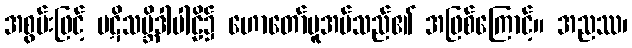
အစွမ်းဖြင့် ပဋိသမ္ဘိဒါပါဠိ၌ ဟောတော်မူအပ်သည်၏ အဖြစ်ကြောင့်။ အညဿ၊